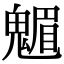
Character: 䰨